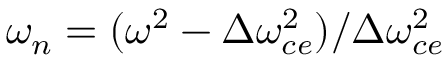
\omega _ { n } = ( \omega ^ { 2 } - \Delta \omega _ { c e } ^ { 2 } ) / \Delta \omega _ { c e } ^ { 2 }